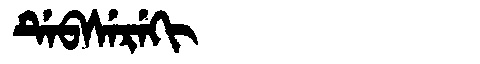
Manchu: ᡩᡝᠪᠰᡝᡵᡝᡴᡳ
Romanization: DEBSEREKI